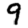
Digit: 9